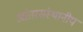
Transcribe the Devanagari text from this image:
आंतरसंस्थानीय